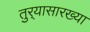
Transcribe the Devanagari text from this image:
तुर्‍यासारख्या